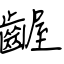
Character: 齷